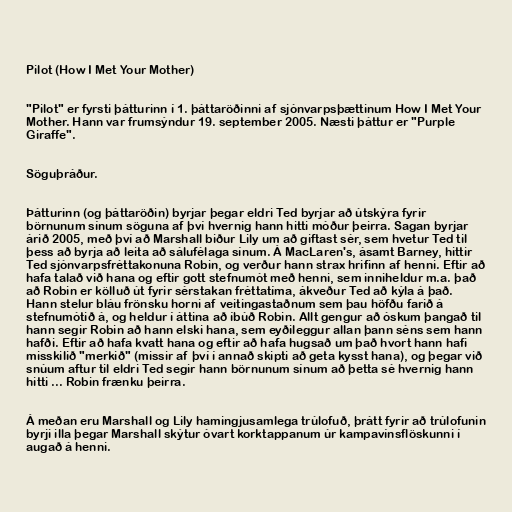
Pilot (How I Met Your Mother)

"Pilot" er fyrsti þátturinn í 1. þáttaröðinni af sjónvarpsþættinum How I Met Your
Mother. Hann var frumsýndur 19. september 2005. Næsti þáttur er "Purple
Giraffe".

Söguþráður.

Þátturinn (og þáttaröðin) byrjar þegar eldri Ted byrjar að útskýra fyrir
börnunum sínum söguna af því hvernig hann hitti móður þeirra. Sagan byrjar
árið 2005, með því að Marshall biður Lily um að giftast sér, sem hvetur Ted til
þess að byrja að leita að sálufélaga sínum. Á MacLaren's, ásamt Barney, hittir
Ted sjónvarpsfréttakonuna Robin, og verður hann strax hrifinn af henni. Eftir að
hafa talað við hana og eftir gott stefnumót með henni, sem inniheldur m.a. það
að Robin er kölluð út fyrir sérstakan fréttatíma, ákveður Ted að kýla á það.
Hann stelur bláu frönsku horni af veitingastaðnum sem þau höfðu farið á
stefnumótið á, og heldur í áttina að íbúð Robin. Allt gengur að óskum þangað til
hann segir Robin að hann elski hana, sem eyðileggur allan þann séns sem hann
hafði. Eftir að hafa kvatt hana og eftir að hafa hugsað um það hvort hann hafi
misskilið "merkið" (missir af því í annað skipti að geta kysst hana), og þegar við
snúum aftur til eldri Ted segir hann börnunum sínum að þetta sé hvernig hann
hitti ... Robin frænku þeirra.

Á meðan eru Marshall og Lily hamingjusamlega trúlofuð, þrátt fyrir að trúlofunin
byrji illa þegar Marshall skýtur óvart korktappanum úr kampavínsflöskunni í
augað á henni.